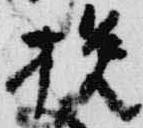
挽